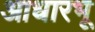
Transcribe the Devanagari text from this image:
आधारभू